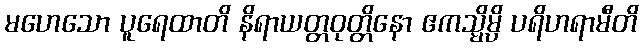
မဟေသော ပူရေထာတိ နိရာယတ္တဝုတ္တိနော ဧကသ္မိမ္ပိ ပရိဟရာမီတိ